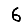
Digit: 6